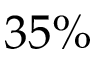
3 5 \%